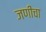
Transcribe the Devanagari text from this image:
जणींचा